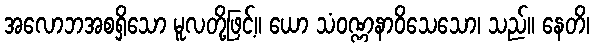
အလောဘအစရှိသော မူလတို့ဖြင့်။ ယော သံဝဏ္ဏနာဝိသေသော၊ သည်။ နေတိ၊